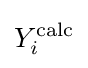
Y_{i}^{\text{calc}}